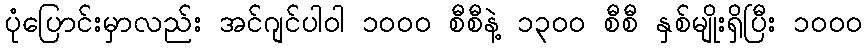
ပုံပြောင်းမှာလည်း အင်ဂျင်ပါဝါ ၁၀၀၀ စီစီနဲ့ ၁၃၀၀ စီစီ နှစ်မျိုးရှိပြီး ၁၀၀၀